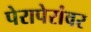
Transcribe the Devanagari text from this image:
पेरापेरांवर